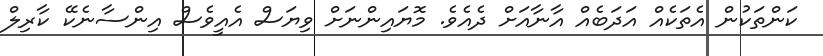
ކަންތަކުން އެތަކެއް އަދަބެއް އާނާއަށް ދެއެވެ. މޮޔައިންނަށް ވިޔަސް އެއީވެސް އިންސާނެކޭ ކާރިލް